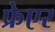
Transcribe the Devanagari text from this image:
फ्रेएर